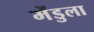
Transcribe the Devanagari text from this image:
मेंडुला